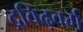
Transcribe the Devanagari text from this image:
द्रविढ़वर्ग